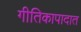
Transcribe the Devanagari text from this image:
गीतिकापादात